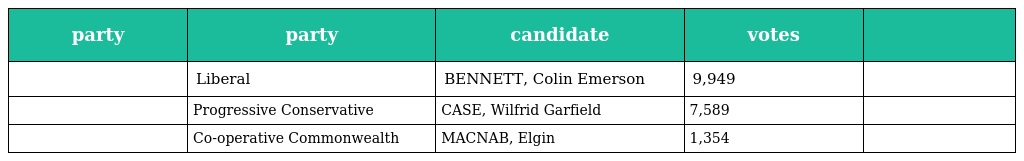
| party | party | candidate | votes |  |
 | --- | --- | --- | --- | --- |
 |  | Liberal | BENNETT, Colin Emerson | 9,949 |  |
 |  | Progressive Conservative | CASE, Wilfrid Garfield | 7,589 |  |
 |  | Co-operative Commonwealth | MACNAB, Elgin | 1,354 |  |